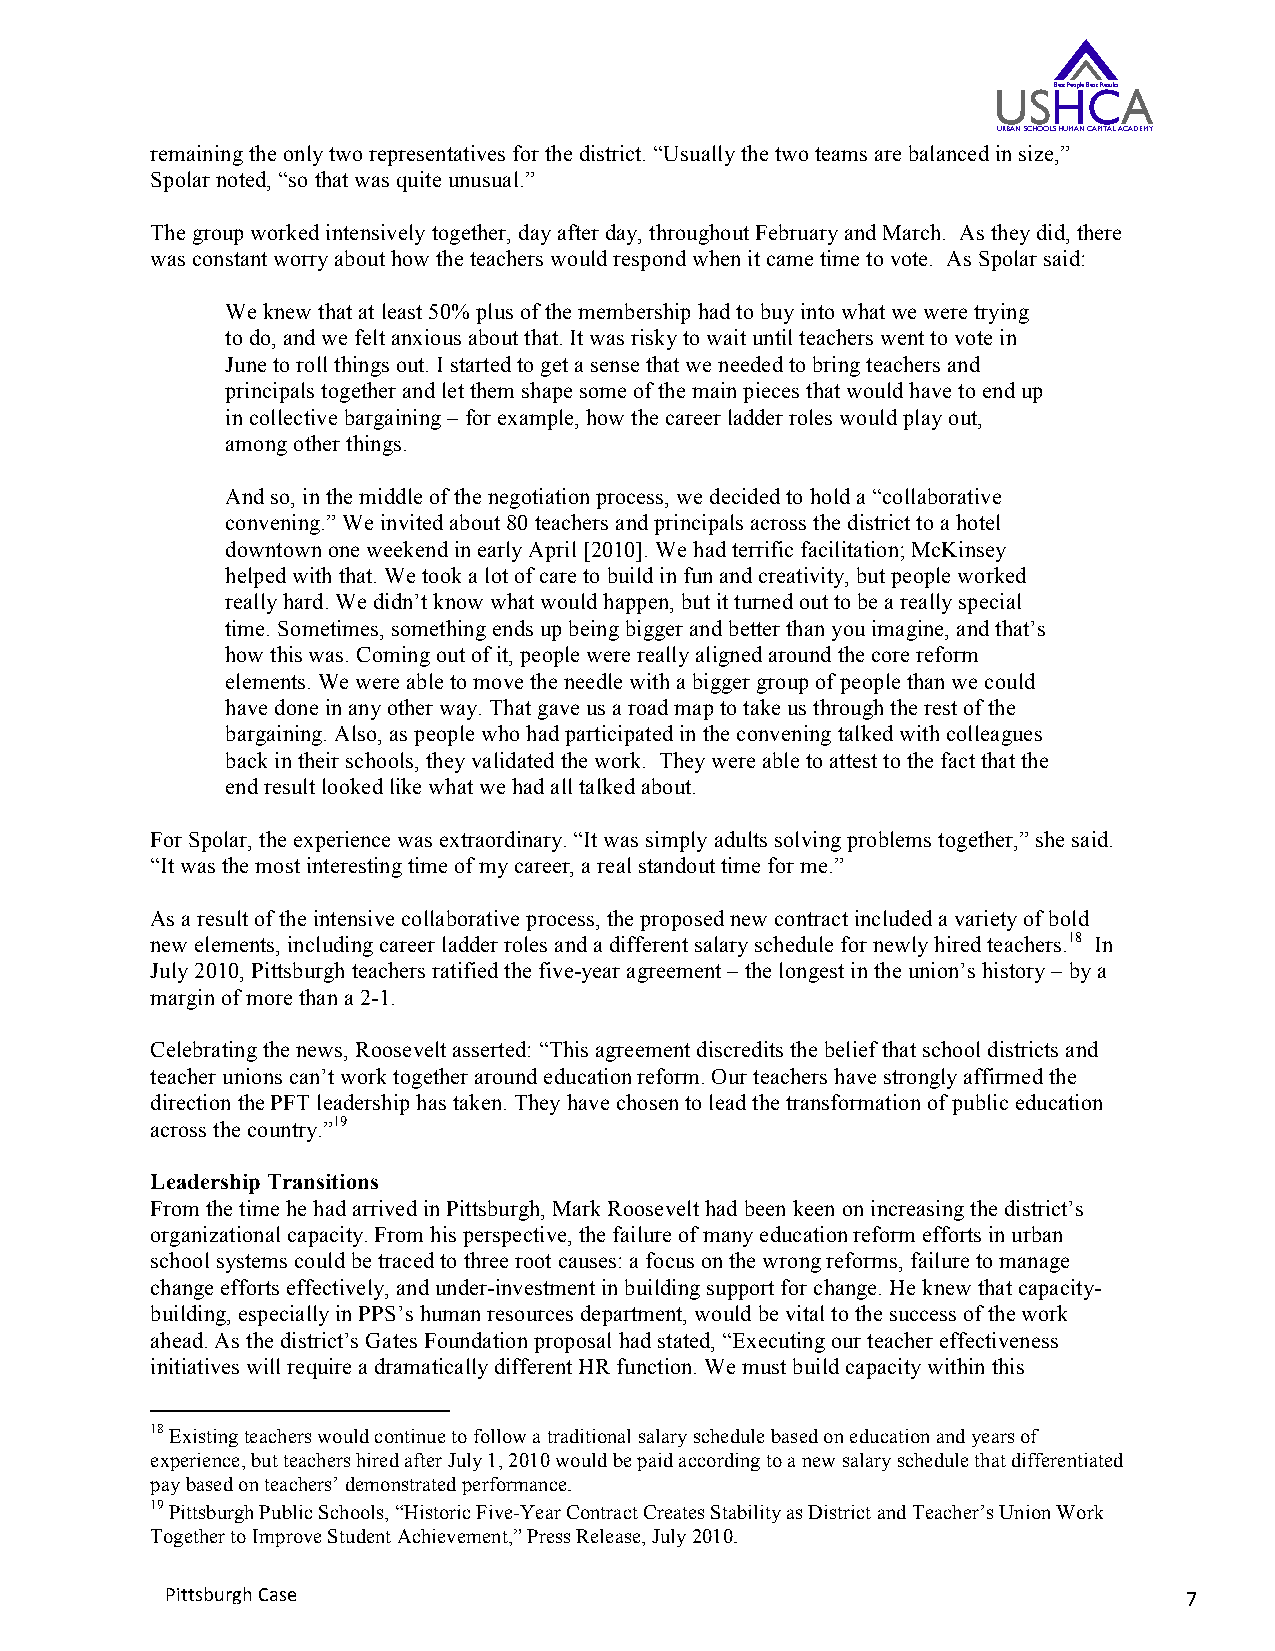
USHBest People CBest ResultsA
 URBAN SCHOOLS HUMAN CAPITAL ACADEMY
 remaining the only two representatives for the district. “Usually the two teams are balanced in size,”
 Spolar noted, “so that was quite unusual.”
 The group worked intensively together, day after day, throughout February and March. As they did, there
 was constant worry about how the teachers would respond when it came time to vote. As Spolar said:
 We knew that at least 50% plus of the membership had to buy into what we were trying
 to do, and we felt anxious about that. It was risky to wait until teachers went to vote in
 June to roll things out. I started to get a sense that we needed to bring teachers and
 principals together and let them shape some of the main pieces that would have to end up
 in collective bargaining – for example, how the career ladder roles would play out,
 among other things.
 And so, in the middle of the negotiation process, we decided to hold a “collaborative
 convening.” We invited about 80 teachers and principals across the district to a hotel
 downtown one weekend in early April [2010]. We had terrific facilitation; McKinsey
 helped with that. We took a lot of care to build in fun and creativity, but people worked
 really hard. We didn’t know what would happen, but it turned out to be a really special
 time. Sometimes, something ends up being bigger and better than you imagine, and that’s
 how this was. Coming out of it, people were really aligned around the core reform
 elements. We were able to move the needle with a bigger group of people than we could
 have done in any other way. That gave us a road map to take us through the rest of the
 bargaining. Also, as people who had participated in the convening talked with colleagues
 back in their schools, they validated the work. They were able to attest to the fact that the
 end result looked like what we had all talked about.
 For Spolar, the experience was extraordinary. “It was simply adults solving problems together,” she said.
 “It was the most interesting time of my career, a real standout time for me.”
 As a result of the intensive collaborative process, the proposed new contract included a variety of bold
 new elements, including career ladder roles and a different salary schedule for newly hired teachers.18 In
 July 2010, Pittsburgh teachers ratified the five-year agreement – the longest in the union’s history – by a
 margin of more than a 2-1.
 Celebrating the news, Roosevelt asserted: “This agreement discredits the belief that school districts and
 teacher unions can’t work together around education reform. Our teachers have strongly affirmed the
 direction the PFT leadership has taken. They have chosen to lead the transformation of public education
 across the country.”19
 Leadership Transitions
 From the time he had arrived in Pittsburgh, Mark Roosevelt had been keen on increasing the district’s
 organizational capacity. From his perspective, the failure of many education reform efforts in urban
 school systems could be traced to three root causes: a focus on the wrong reforms, failure to manage
 change efforts effectively, and under-investment in building support for change. He knew that capacity-
 building, especially in PPS’s human resources department, would be vital to the success of the work
 ahead. As the district’s Gates Foundation proposal had stated, “Executing our teacher effectiveness
 initiatives will require a dramatically different HR function. We must build capacity within this
 18 Existing teachers would continue to follow a traditional salary schedule based on education and years of
 experience, but teachers hired after July 1, 2010 would be paid according to a new salary schedule that differentiated
 pay based on teachers’ demonstrated performance.
 19 Pittsburgh Public Schools, “Historic Five-Year Contract Creates Stability as District and Teacher’s Union Work
 Together to Improve Student Achievement,” Press Release, July 2010.
 Pittsburgh Case                                                     7